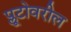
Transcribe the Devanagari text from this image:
प्लूटोवरील